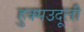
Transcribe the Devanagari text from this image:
हुक्मउदूली